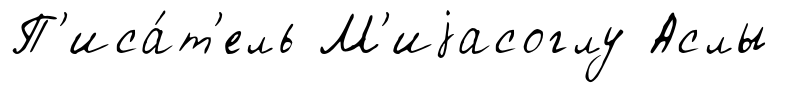
П'иса́т'ель М'иjасоглу Аслы